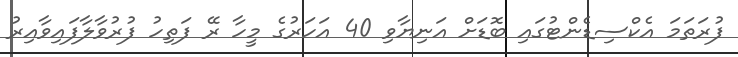
ފުރަތަމަ އެކްސިޑެންޓުގައި ބޮޑަށް އަނިޔާވި 40 އަހަރުގެ މީހާ ރޭ ފަތިހު ފުރުވާލާފައިވާއިރު